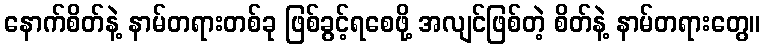
နောက်စိတ်နဲ့ နာမ်တရားတစ်ခု ဖြစ်ခွင့်ရစေဖို့ အလျင်ဖြစ်တဲ့ စိတ်နဲ့ နာမ်တရားတွေ။